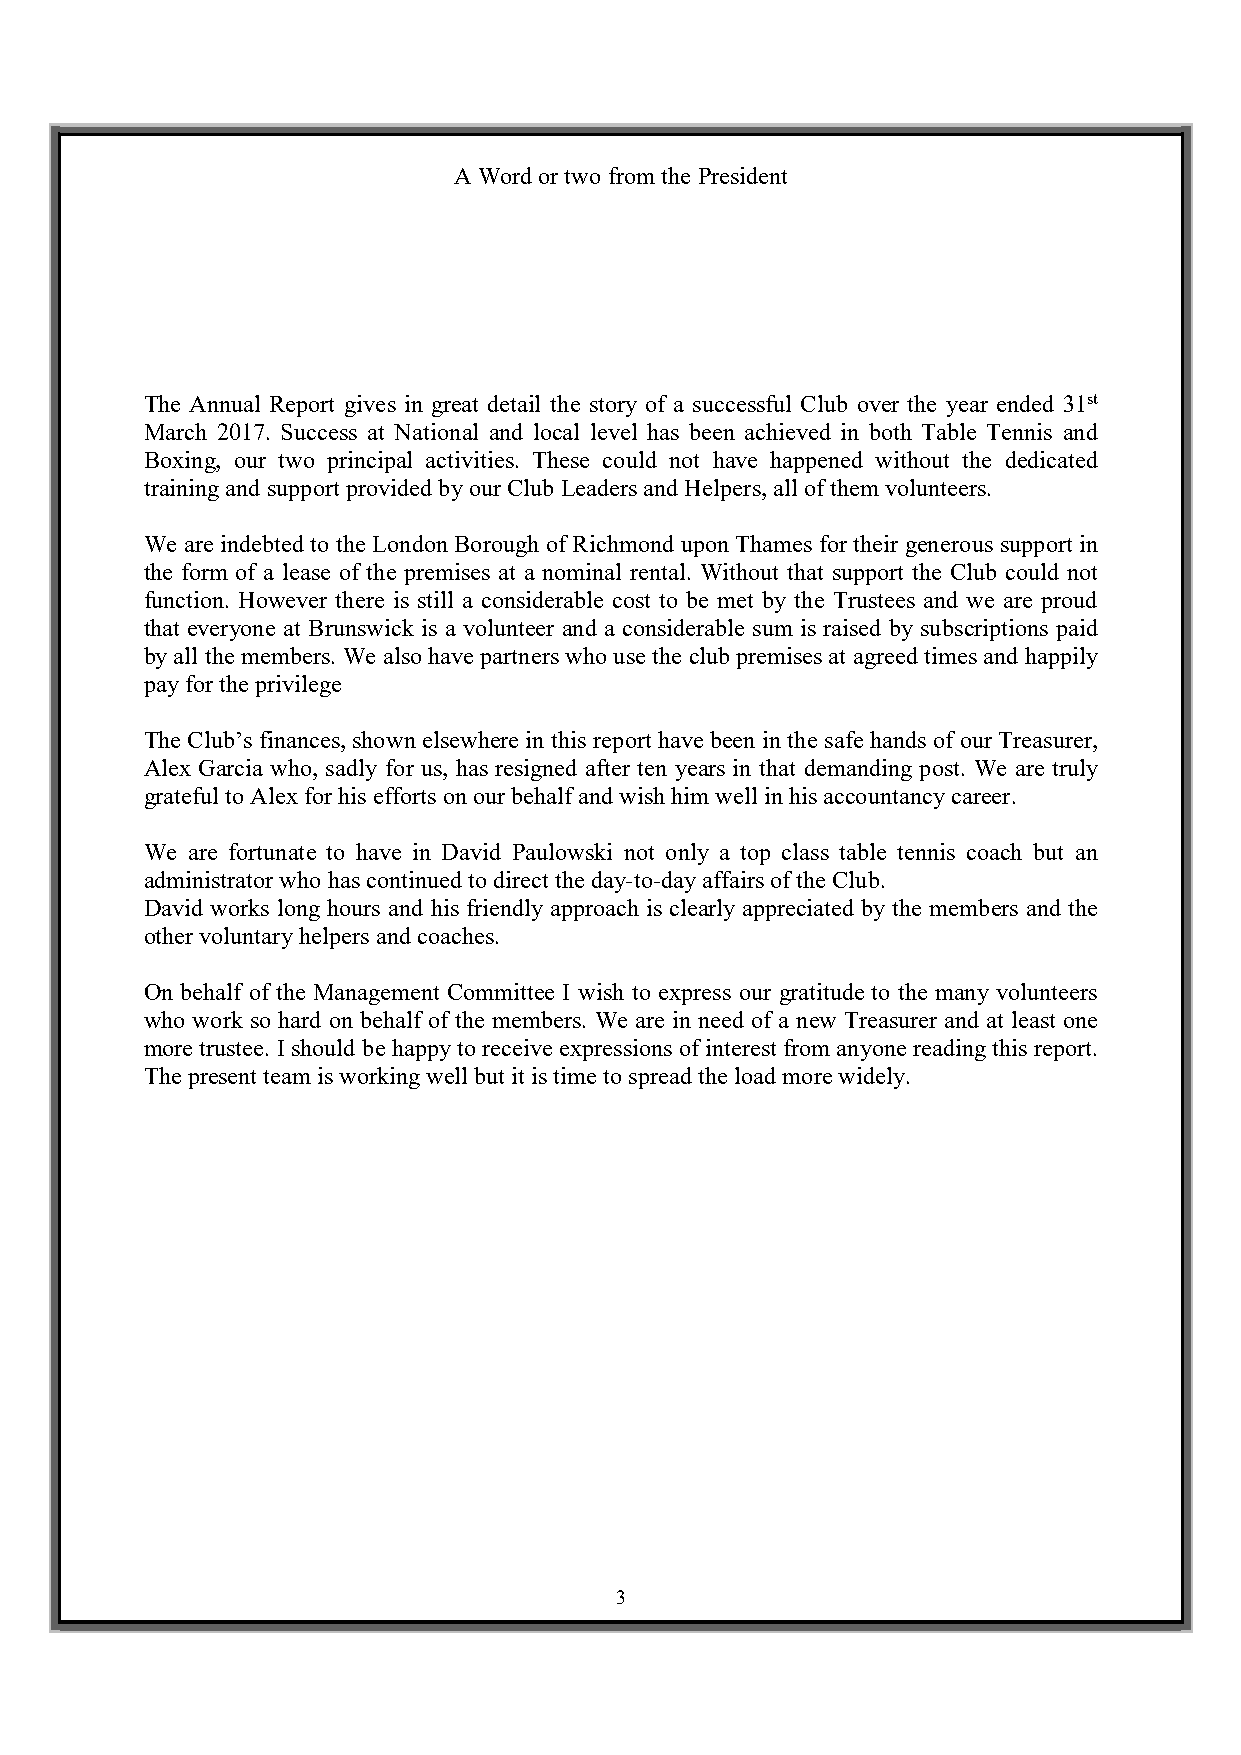
A Word or two from the President
 The Annual Report gives in great detail the story of a successful Club over the year ended 31st
 March 2017. Success at National and local level has been achieved in both Table Tennis and
 Boxing, our two principal activities. These could not have happened without the dedicated
 training and support provided by our Club Leaders and Helpers, all of them volunteers.
 We are indebted to the London Borough of Richmond upon Thames for their generous support in
 the form of a lease of the premises at a nominal rental. Without that support the Club could not
 function. However there is still a considerable cost to be met by the Trustees and we are proud
 that everyone at Brunswick is a volunteer and a considerable sum is raised by subscriptions paid
 by all the members. We also have partners who use the club premises at agreed times and happily
 pay for the privilege
 The Club’s finances, shown elsewhere in this report have been in the safe hands of our Treasurer,
 Alex Garcia who, sadly for us, has resigned after ten years in that demanding post. We are truly
 grateful to Alex for his efforts on our behalf and wish him well in his accountancy career.
 We are fortunate to have in David Paulowski not only a top class table tennis coach but an
 administrator who has continued to direct the day-to-day affairs of the Club.
 David works long hours and his friendly approach is clearly appreciated by the members and the
 other voluntary helpers and coaches.
 On behalf of the Management Committee I wish to express our gratitude to the many volunteers
 who work so hard on behalf of the members. We are in need of a new Treasurer and at least one
 more trustee. I should be happy to receive expressions of interest from anyone reading this report.
 The present team is working well but it is time to spread the load more widely.
 3